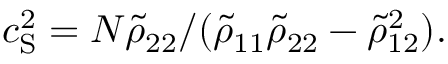
c _ { \mathrm { S } } ^ { 2 } = N \tilde { \rho } _ { 2 2 } / ( \tilde { \rho } _ { 1 1 } \tilde { \rho } _ { 2 2 } - \tilde { \rho } _ { 1 2 } ^ { 2 } ) .